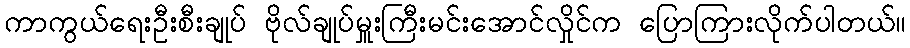
ကာကွယ်ရေးဦးစီးချုပ် ဗိုလ်ချုပ်မှူးကြီးမင်းအောင်လှိုင်က ပြောကြားလိုက်ပါတယ်။